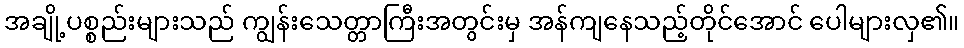
အချို့ပစ္စည်းများသည် ကျွန်းသေတ္တာကြီးအတွင်းမှ အန်ကျနေသည့်တိုင်အောင် ပေါများလှ၏။